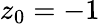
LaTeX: z_{0}=-1